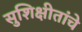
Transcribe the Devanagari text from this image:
सुशिक्षीतांचे